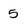
Character: 5